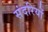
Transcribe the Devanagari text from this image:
संदरियों